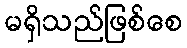
မရှိသည်ဖြစ်စေ